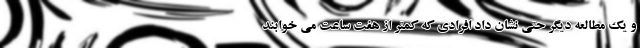
و یک مطالعه دیگر حتی نشان داد افرادی که کمتر از هفت ساعت می خوابند